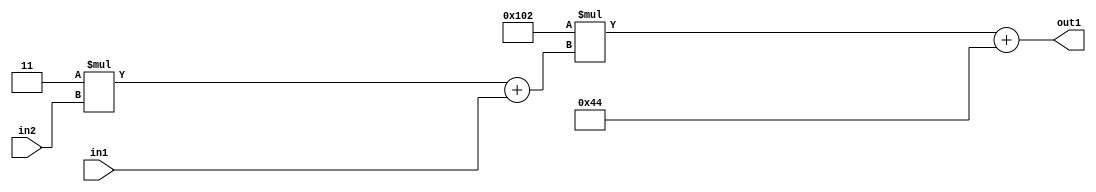
`timescale 1ps / 1ps
/*****************************************************************************
    Verilog RTL Description
    
    
    Created by: Stratus DpOpt 2019.1.01 
*******************************************************************************/

module DC_Filter_Add2i68Mul2i258Add2u1Mul2i3u2_1 (
	in2,
	in1,
	out1
	); /* architecture "behavioural" */ 
input [1:0] in2;
input  in1;
output [11:0] out1;
wire [11:0] asc001;
wire [3:0] asc002;

wire [3:0] asc002_tmp_0;
assign asc002_tmp_0 = 
	+(4'B0011 * in2);
assign asc002 = asc002_tmp_0
	+(in1);

wire [11:0] asc001_tmp_1;
assign asc001_tmp_1 = 
	+(12'B000100000010 * asc002);
assign asc001 = asc001_tmp_1
	+(12'B000001000100);

assign out1 = asc001;
endmodule

/* CADENCE  v7b1SQk= : u9/ySgnWtBlWxVPRXgAZ4Og= ** DO NOT EDIT THIS LINE ******/